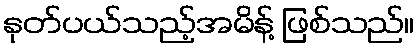
နုတ်ပယ်သည့်အမိန့် ဖြစ်သည်။